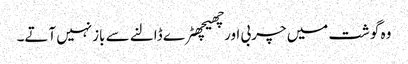
وہ گوشت میں چربی اورچھیچھٹرے ڈالنے سے بازنہیں آتے۔